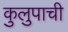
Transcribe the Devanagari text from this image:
कुलुपाची